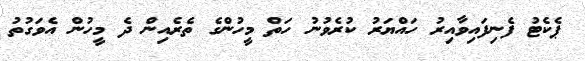
ޕެކެޓު ފެނިފައިވާއިރު ހައްޔަރު ކުރެވުނު ހަތް މީހުންގެ ތެރެއިން ދެ މީހުން އެވަގުތު